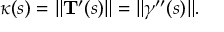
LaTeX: \kappa ( s ) = \| \mathbf { T } ^ { \prime } ( s ) \| = \| { \boldsymbol { \gamma } } ^ { \prime \prime } ( s ) \| .